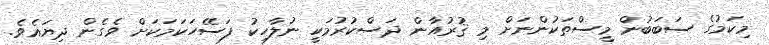
މިކަމުގެ ސަބަބުން މީސްތަކުންނަށް މި ޤުރުއާން ދަސްކުރުމަކީ ނުލާހިކު ފަސޭހަކަމަކަށް ވެގެން ދިޔައެވެ.